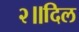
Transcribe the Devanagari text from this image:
२॥दिल